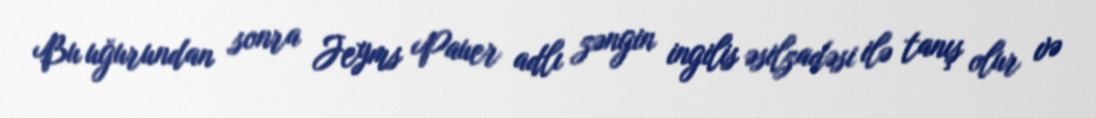
Bu uğurundan sonra Jeyms Pauer adlı zəngin ingilis əsilzadəsi ilə tanış olur və